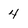
Character: 4